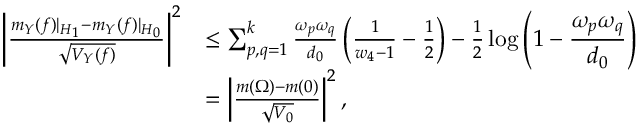
\begin{array} { r l } { \left| \frac { m _ { Y } ( f ) | _ { { \boldsymbol H } _ { 1 } } - m _ { Y } ( f ) | _ { { \boldsymbol H } _ { 0 } } } { \sqrt { V _ { Y } ( f ) } } \right| ^ { 2 } } & { \leq \sum _ { p , q = 1 } ^ { k } \frac { \omega _ { p } \omega _ { q } } { d _ { 0 } } \left( \frac { 1 } { w _ { 4 } - 1 } - \frac { 1 } { 2 } \right) - \frac { 1 } { 2 } \displaystyle \log \left( 1 - \frac { \omega _ { p } \omega _ { q } } { d _ { 0 } } \right) } \\ & { = \left| \frac { m ( \Omega ) - m ( 0 ) } { \sqrt { V _ { 0 } } } \right| ^ { 2 } , } \end{array}